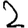
Digit: 2